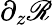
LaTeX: \partial_{z}\mathscr{R}